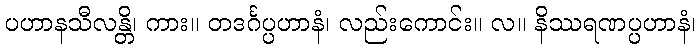
ပဟာနသီလန္တိ၊ ကား။ တဒင်္ဂပ္ပဟာနံ၊ လည်းကောင်း။ လ။ နိဿရဏပ္ပဟာနံ၊